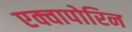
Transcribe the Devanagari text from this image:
एक्वापोरिन